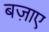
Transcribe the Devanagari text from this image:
बज़ाए